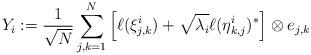
LaTeX: \begin{align*}Y_i:= \frac{1}{\sqrt{N}}\sum_{j,k=1}^N \left[ \ell(\xi^i_{j,k}) + \sqrt{\lambda_i} \ell(\eta^i_{k,j})^*\right]\otimes e_{j,k}\end{align*}